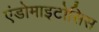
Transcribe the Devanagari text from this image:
एंडोमाइटोसिस